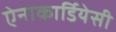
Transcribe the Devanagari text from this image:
ऐनाकार्डियेसी